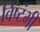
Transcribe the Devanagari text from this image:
विष्टंभी